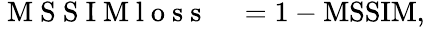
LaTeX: \begin{array}{rl}{\mathrm{~M~S~S~I~M~l~o~s~s~}}&{{}=1-\mathrm{MSSIM},}\end{array}